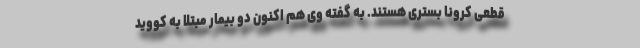
قطعی کرونا بستری هستند. به گفته وی هم اکنون دو بیمار مبتلا به کووید